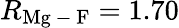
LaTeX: R_{\mathrm{Mg\mathrm{~-~}F}}=1.70